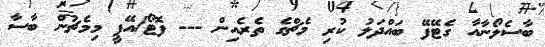
ބާސެލޯނާއާ ގެޓޭފޭ ބައްދަލު ކުރި މެޗްގެ ތެރެއިން --- ފޮޓޯ/އޭޕީ މިމެޗުން ބާސާ